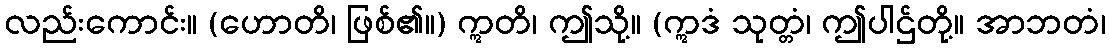
လည်းကောင်း။ (ဟောတိ၊ ဖြစ်၏။) ဣတိ၊ ဤသို့။ (ဣဒံ သုတ္တံ၊ ဤပါဌ်တို့။ အာဘတံ၊